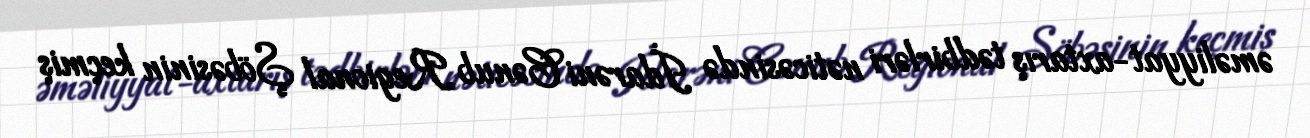
əməliyyat-axtarış tədbirləri nəticəsində İdarəni Cənub Regional Şöbəsinin keçmiş